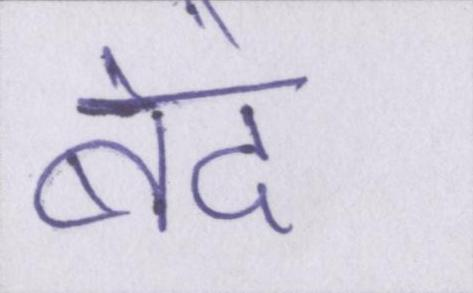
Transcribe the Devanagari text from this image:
बंदे